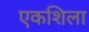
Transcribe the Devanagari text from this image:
एकशिला